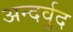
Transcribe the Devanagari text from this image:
अन्दर्वुद